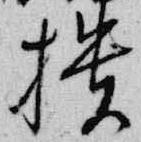
櫃